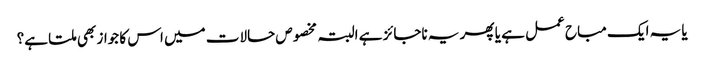
یا یہ ایک مباح عمل ہے یا پھر یہ ناجائز ہے البتہ مخصوص حالات میں اس کا جواز بھی ملتا ہے؟